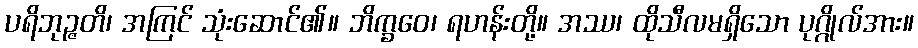
ပရိဘုဉ္ဇတိ၊ အကြင် သုံးဆောင်၏။ ဘိက္ခဝေ၊ ရဟန်းတို့။ အဿ၊ ထိုသီလမရှိသော ပုဂ္ဂိုလ်အား။